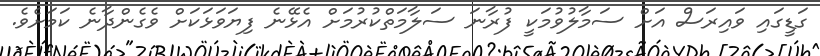
ގަޑީގައި ވައިރަސް އަށް ސަމާލުވުމަކީ ފުރާނަ ސަލާމަތްކުރުމަށް އެޅޭނެ ފިޔަވަޅަކަށް ވެގެންދާނެ ކަމަށެވެ.